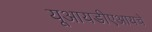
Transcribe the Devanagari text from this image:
यूआयडीएआयचे